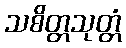
သစိတ္တသုတ္တံ